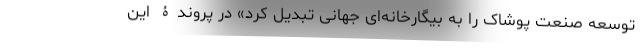
توسعه صنعت پوشاک را به بیگارخانه‌ای جهانی تبدیل کرد» در پروندۀ این